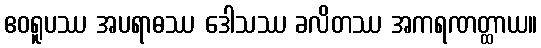
ဧဝရူပဿ အပရာဓဿ ဒေါသဿ ခလိတဿ အကရဏတ္ထာယ။